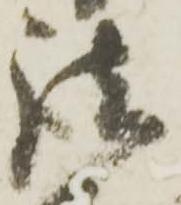
諸